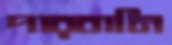
পারবানি